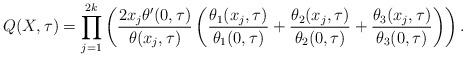
LaTeX: \begin{align*}Q(X,\tau)=\prod_{j=1}^{2k}\left(\frac{2x_j\theta'(0,\tau)}{\theta(x_j,\tau)}\left(\frac{\theta_1(x_j,\tau)}{\theta_1(0,\tau)}+\frac{\theta_2(x_j,\tau)}{\theta_2(0,\tau)}+\frac{\theta_3(x_j,\tau)}{\theta_3(0,\tau)}\right)\right).\end{align*}